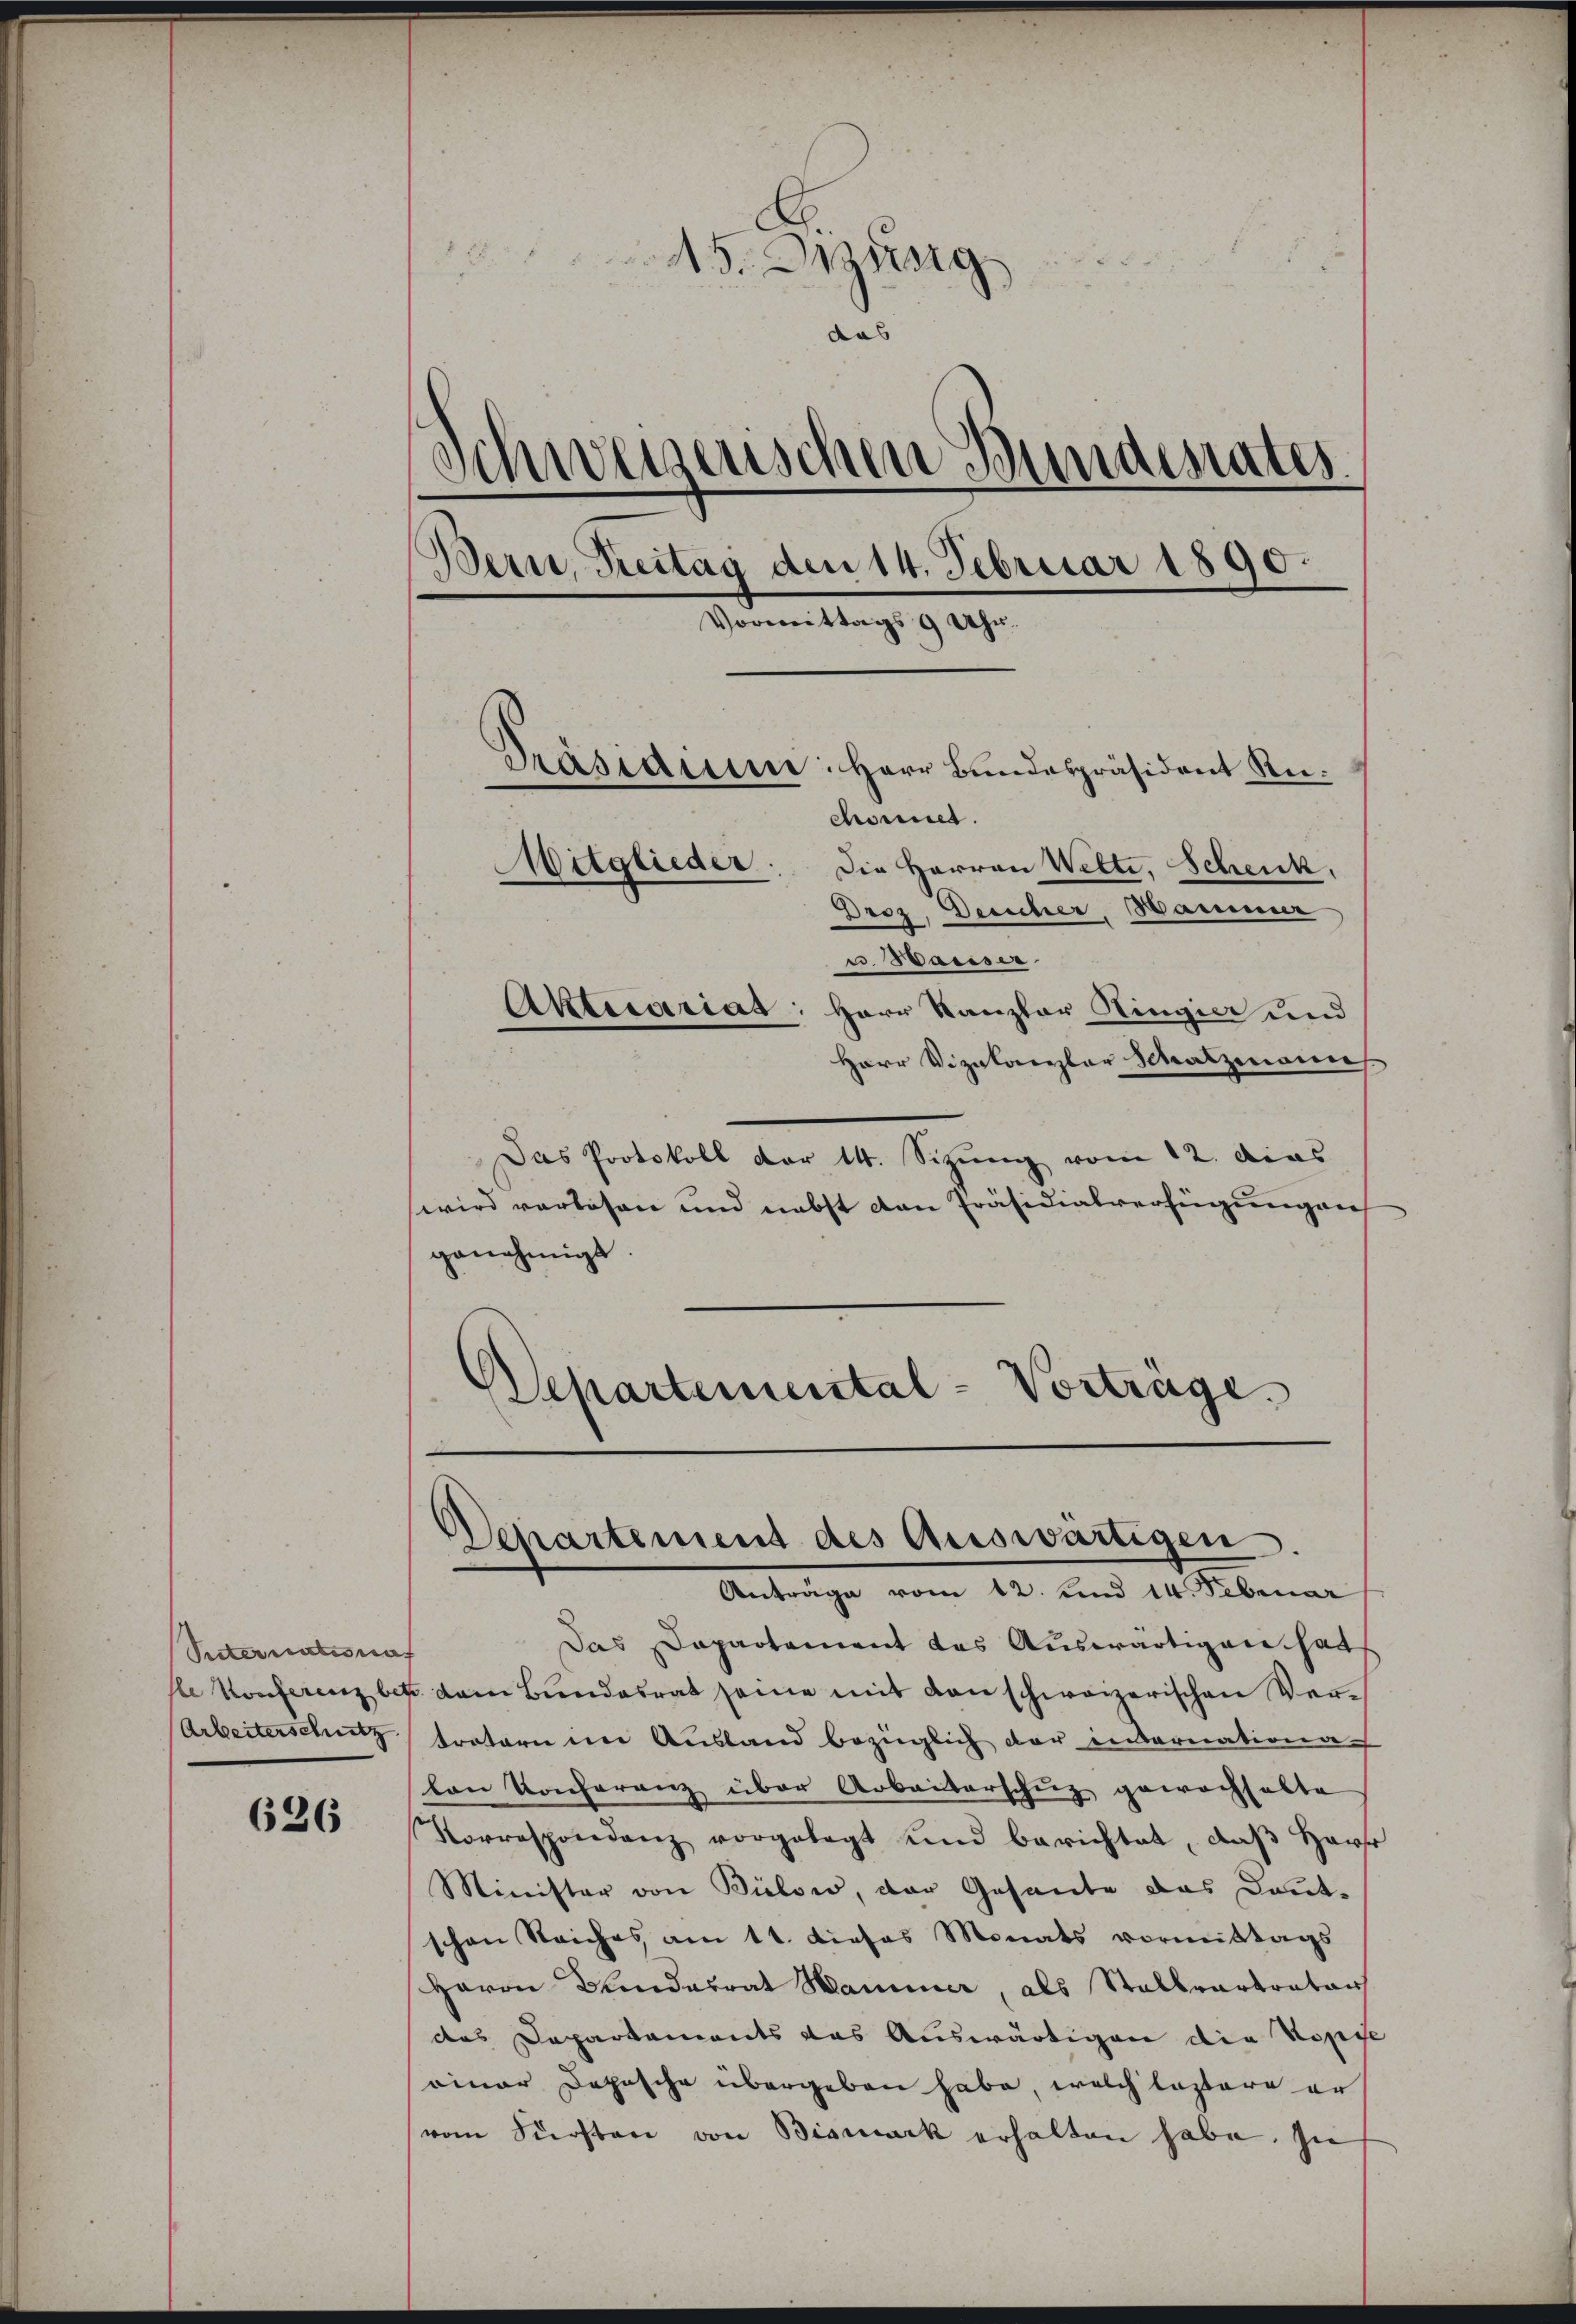
Suternatsrat
Arbeiterschutz

626

15. Jung
das
d
chweizerischen Sandesrates.
Bern, Freitag den 14. Februar 1890.
Vormittags 9 Uhr.
Präsidium: Herr Bundespräsident Ru
chonet.
Mitglieder: Die Herren Wette, Schenk.
Droz. Desicher, Hammer
u. Wasser
Aktecariat: Herr Kanzler Kingier und
Herr Vizekanzler Schatzmannes.

Das Protokoll der 14. Sizung vom 12. das
wird verlosen und nebst von Präsidialverfügungen
genehmigt.

Departemental-Vorträge.

.
Departement des Auswärtigen
Anträge vom 12. und 14. Februar

Das Dapartement das Auswärtigen hat
sle Konferenz betr. dem Bundesrat seine mit den schweizerischen Vertratern im Ausland bezüglich der internationa
lon Konferenz über Arbeiterschuz gewachhalte
Korrespondenz vorgelegt und berichtet, daβ Herr
Minister von Bülow, der Gesante das Dant-
schen Reiches am 11. dieses Monats vormittags
Herrn Bundesrat Hammer, als Stallvertrator
das Departements das Auswärtigen die Kopie
seiner Deposche übergeben habe, welch leztere er
(vom Fürsten von Bismark erhalten habe. In